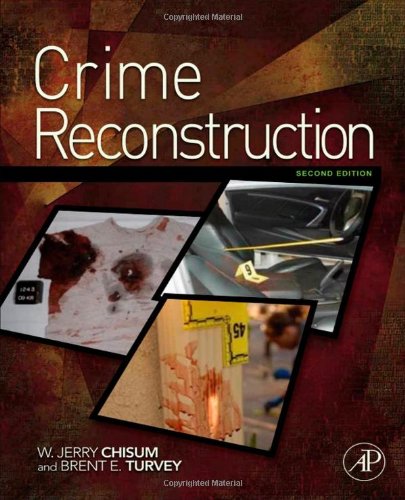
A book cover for Crime Reconstruction, Second Edition; W. Jerry Chisum; Medical Books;